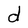
Character: d